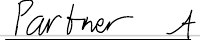
Partner A